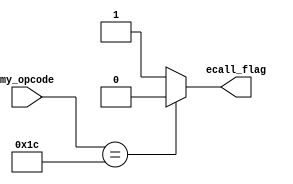
`timescale 1ns / 1ps

module check_ecall(input [4:0] my_opcode, output reg ecall_flag);

always @(*)begin
    if (my_opcode == 5'b11100) begin
        ecall_flag = 0;
    end else begin
    
        ecall_flag = 1;
    end

end
endmodule